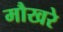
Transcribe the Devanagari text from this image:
मौखरे